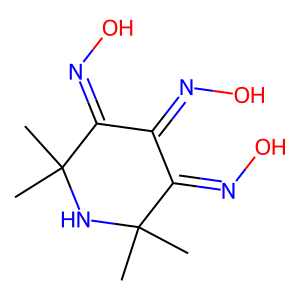
SMILES: CC1(C)NC(C)(C)C(=NO)C(=NO)C1=NO
Inhibits HIV replication: No